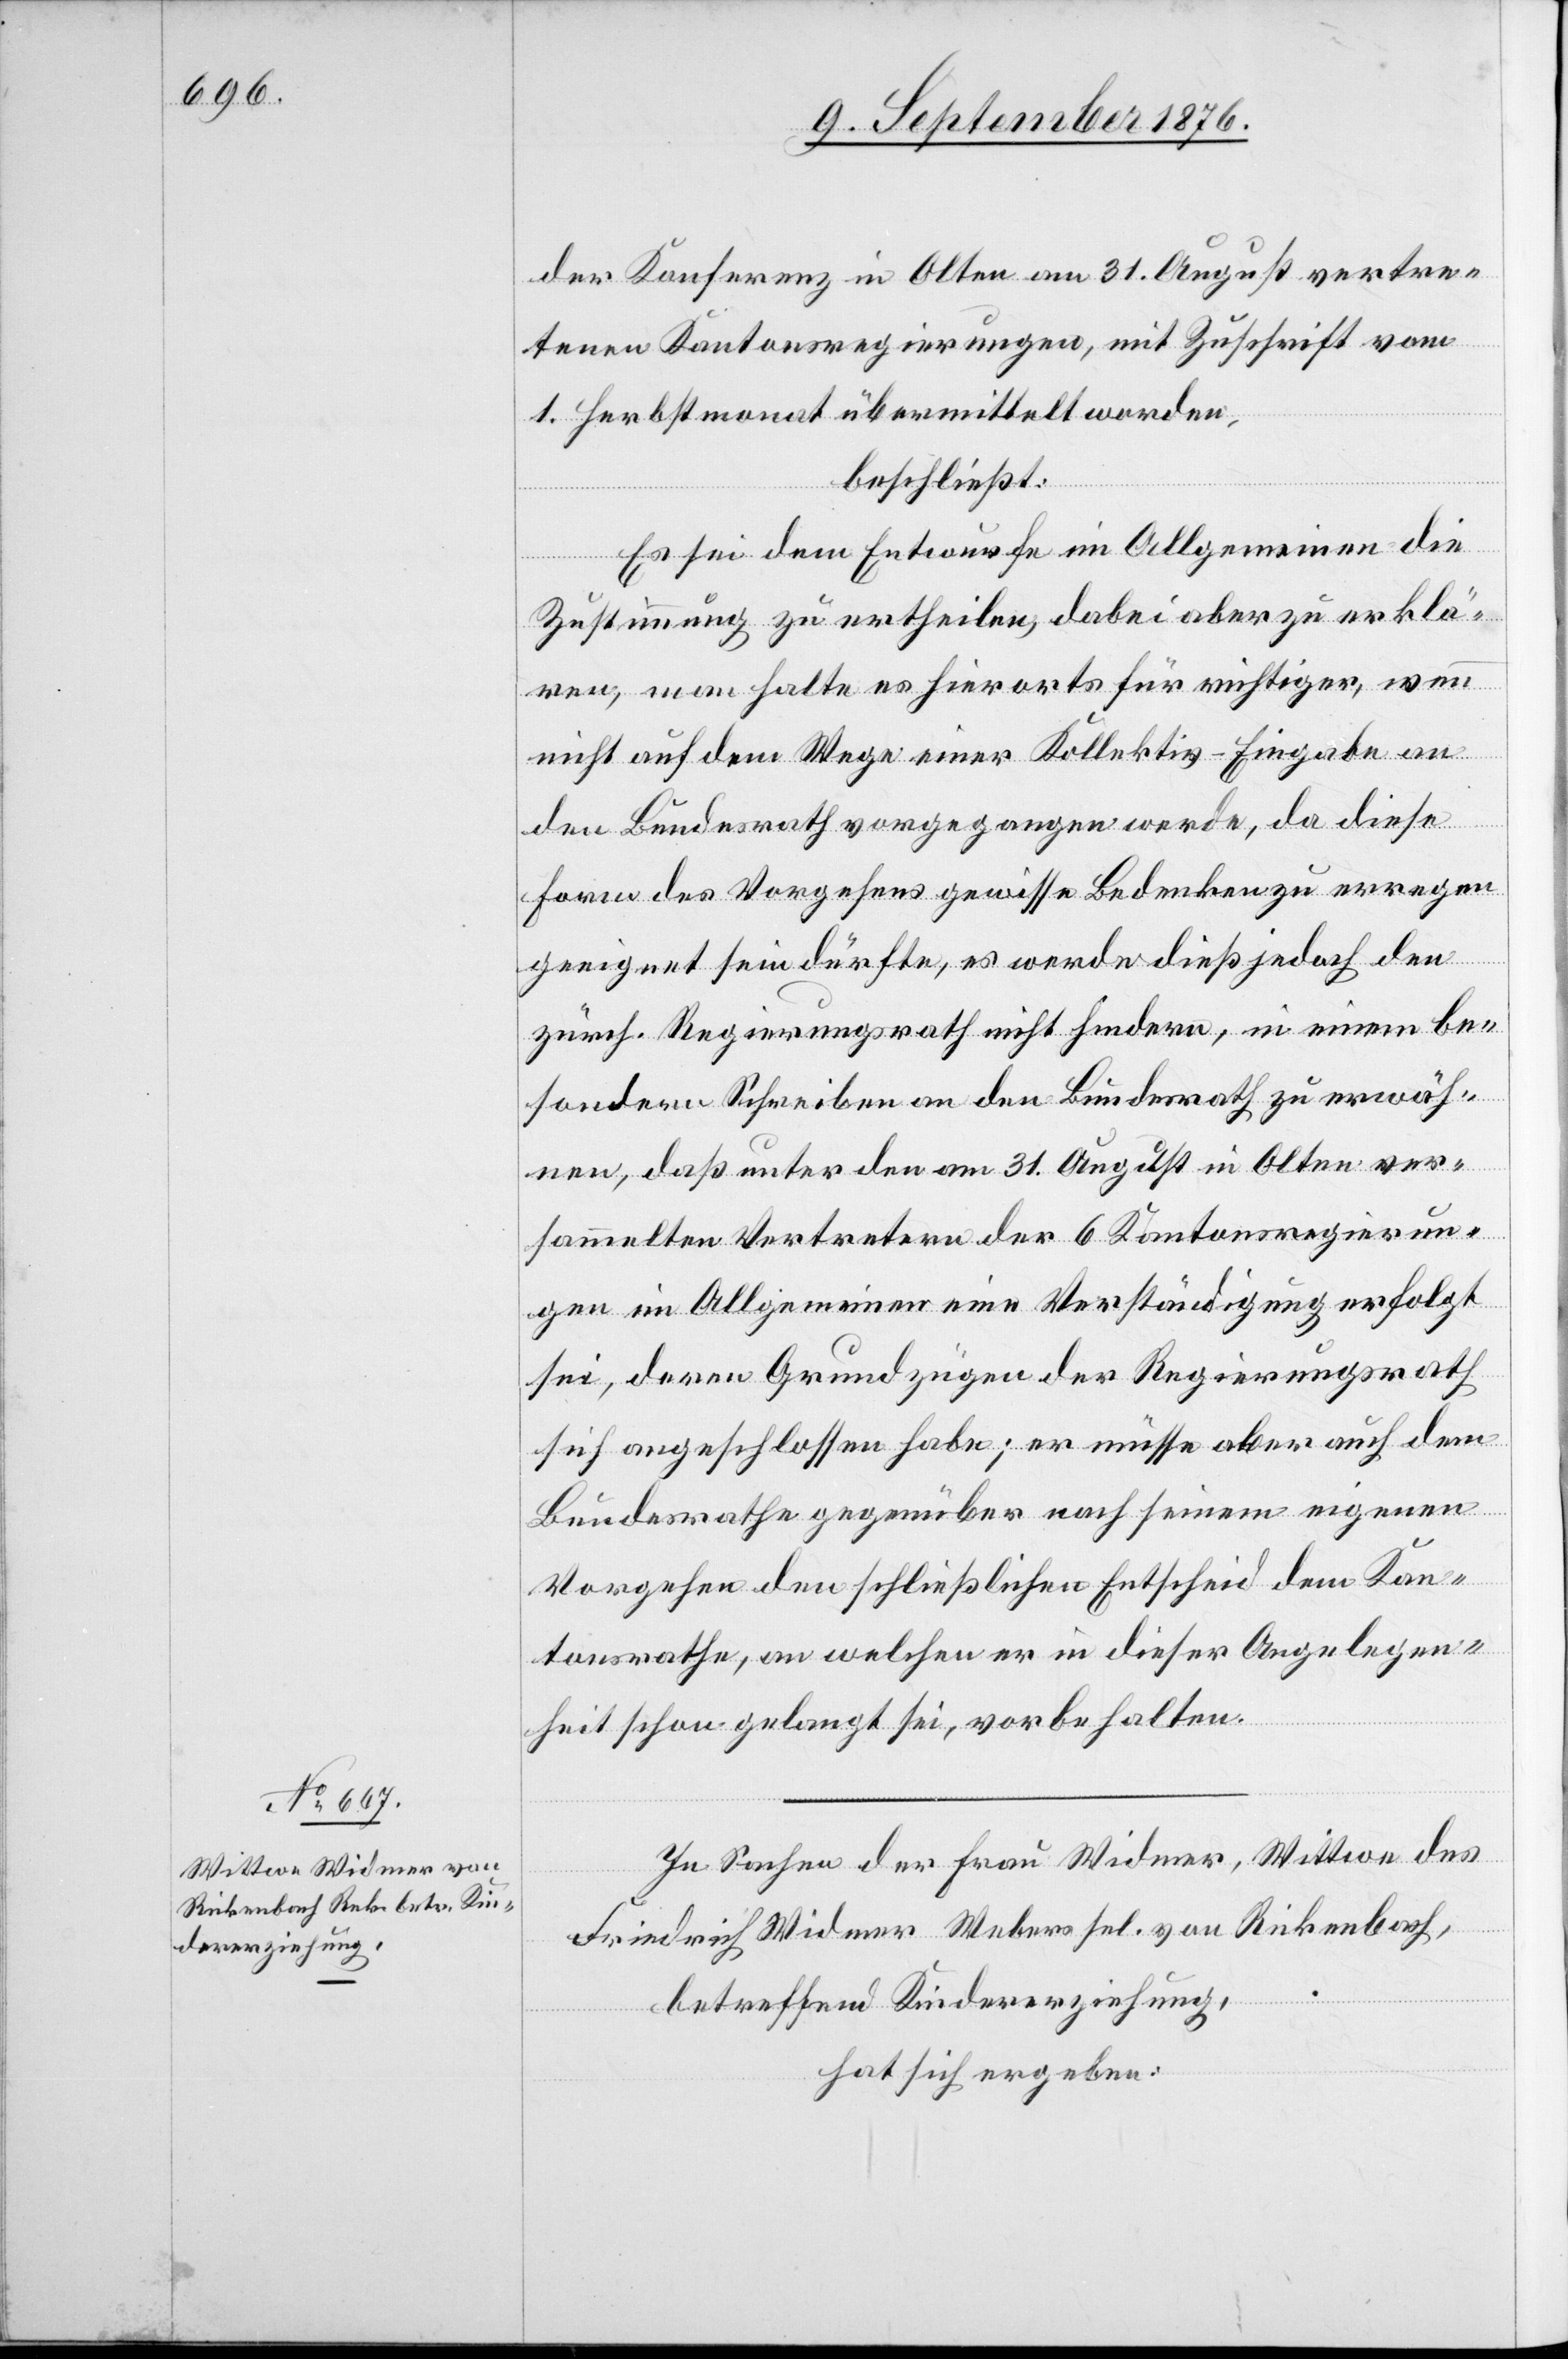
der Konferenz in Olten am 31. August vertre¬
tene Kantonsregierungen, mit Zuschrift vom
1. Herbstmonat übermittelt worden,
beschließt:
Es sei dem Entwurfe im allgemeinen die
Zustimmung zu ertheilen, dabei aber zu erklä¬
ren, man halte es hierorts für richtiger, wenn
nicht auf dem Wege einer Kollektiv-Eingabe an
den Bundesrath vorgegangen werde, da diese
Form des Vorgehens gewisse Bedenken zu erregen
geneigt sein dürfte, es werde dieß jedoch den
zürch. Regierungsrath nicht hindern, in einem be¬
sondern Schreiben an den Bundesrath zu erwäh¬
nen, daß unter den am 31. August in Olten ver¬
sammelten Vertretern der 6 Kantonsregierun¬
gen im Allgemeinen eine Verständigung erfolgt
sei, deren Grundzügen der Regierungsrath
sich angeschlossen habe; er müsse aber auch dem
Bundesrathe gegenüber nach seinem eigenen
Vorgehen den schließlichen Entscheid dem Kan¬
tonsrathe, an welchen er in dieser Angelegen¬
heit schon gelangt sei, vorbehalten.
In Sachen der Frau Widmer, Wittwe des
Friedrich Widmer Webers sel. von Rickenbach,
betreffend Kindererziehung,
hat sich ergeben: